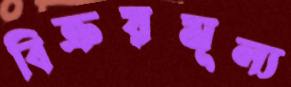
বিক্রয়মূল্য